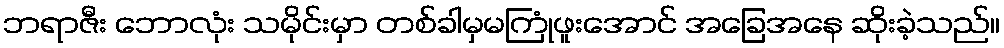
ဘရာဇီး ဘောလုံး သမိုင်းမှာ တစ်ခါမှမကြုံဖူးအောင် အခြေအနေ ဆိုးခဲ့သည်။